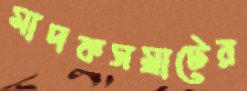
মাদকসম্রাটের